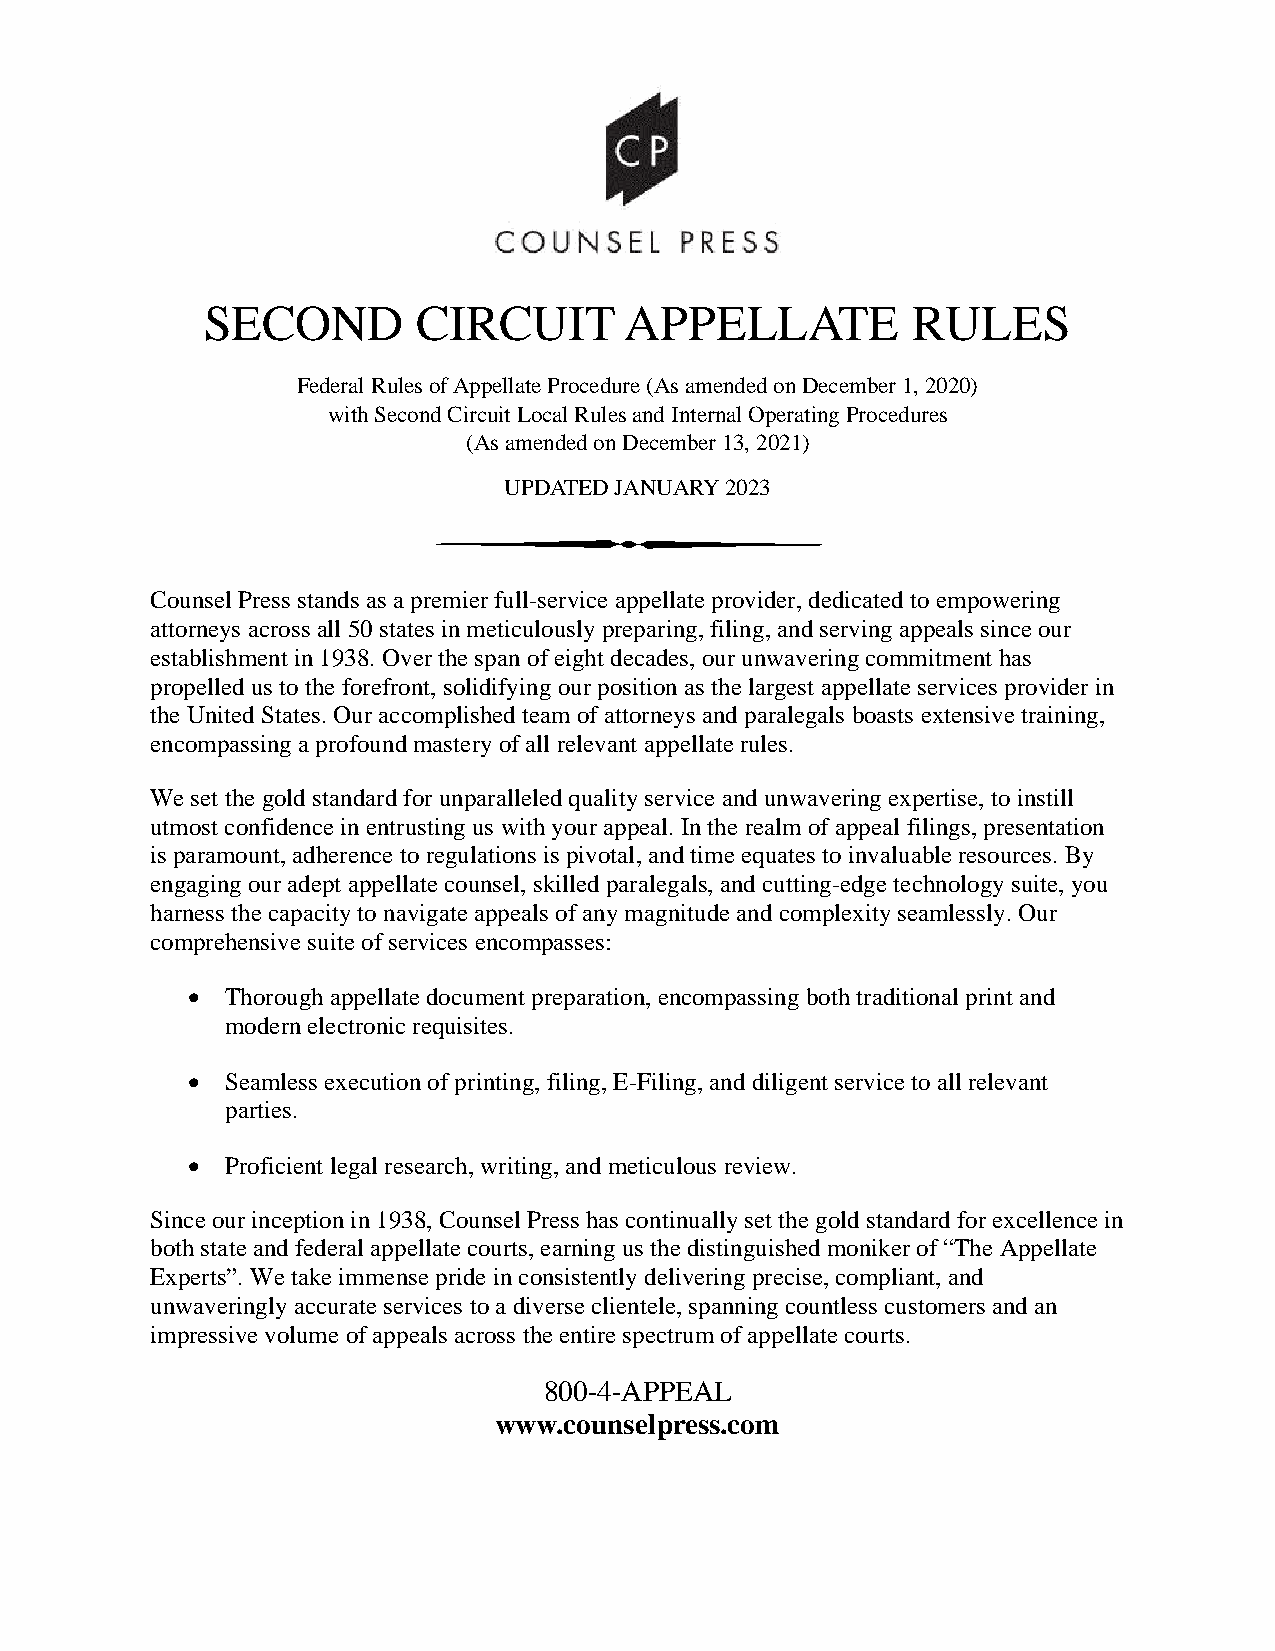
SECOND         CIRCUIT      APPELLATE          RULES
 Federal Rules of Appellate Procedure (As amended on December 1, 2020)
 with Second Circuit Local Rules and Internal Operating Procedures
 (As amended on December 13, 2021)
 UPDATED JANUARY 2023
 Counsel Press stands as a premier full-service appellate provider, dedicated to empowering
 attorneys across all 50 states in meticulously preparing, filing, and serving appeals since our
 establishment in 1938. Over the span of eight decades, our unwavering commitment has
 propelled us to the forefront, solidifying our position as the largest appellate services provider in
 the United States. Our accomplished team of attorneys and paralegals boasts extensive training,
 encompassing a profound mastery of all relevant appellate rules.
 We set the gold standard for unparalleled quality service and unwavering expertise, to instill
 utmost confidence in entrusting us with your appeal. In the realm of appeal filings, presentation
 is paramount, adherence to regulations is pivotal, and time equates to invaluable resources. By
 engaging our adept appellate counsel, skilled paralegals, and cutting-edge technology suite, you
 harness the capacity to navigate appeals of any magnitude and complexity seamlessly. Our
 comprehensive suite of services encompasses:
 •  Thorough appellate document preparation, encompassing both traditional print and
 modern electronic requisites.
 •  Seamless execution of printing, filing, E-Filing, and diligent service to all relevant
 parties.
 •  Proficient legal research, writing, and meticulous review.
 Since our inception in 1938, Counsel Press has continually set the gold standard for excellence in
 both state and federal appellate courts, earning us the distinguished moniker of “The Appellate
 Experts”. We take immense pride in consistently delivering precise, compliant, and
 unwaveringly accurate services to a diverse clientele, spanning countless customers and an
 impressive volume of appeals across the entire spectrum of appellate courts.
 800-4-APPEAL
 www.counselpress.com